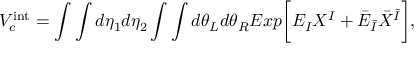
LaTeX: V _ { c } ^ { \mathrm { i n t } } = \int \int d \eta _ { 1 } d \eta _ { 2 } \int \int d \theta _ { L } d \theta _ { R } E x p \biggl [ E _ { I } X ^ { I } + { \bar { E } } _ { \bar { I } } { \bar { X } } ^ { \bar { I } } \biggr ] ,